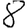
Digit: 8